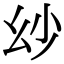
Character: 𢆷